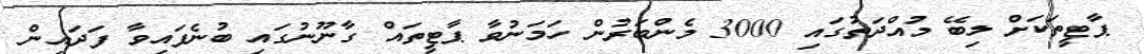
ޕާޓީތަކަށް ލިބޭ މުއްދަތުގައި 3000 މެންބަރުން ހަމަނުވާ ޕާޓީތައް ގާނޫނުގައި ބުނެފައިވާ ފަދައިން